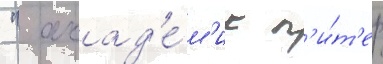
 " акад'е́м'ик п'и́т'ер